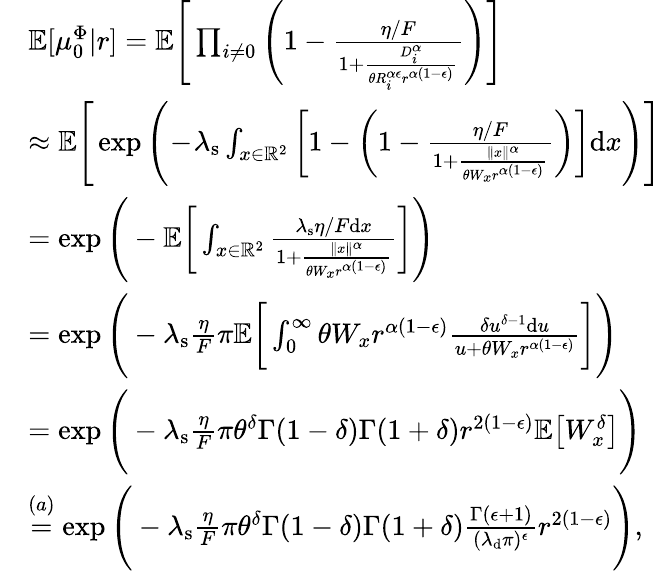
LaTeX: \begin{array}{rl}&{\mathbb{E}[\mu_{0}^{\Phi}\vert r]=\mathbb{E}\Bigg[\prod_{i\neq 0}\Bigg(1-\frac{\eta/F}{1+\frac{D_{i}^{\alpha}}{\theta R_{i}^{\alpha\epsilon}r^{\alpha(1-\epsilon)}}}\Bigg)\Bigg]}\\ &{\approx\mathbb{E}\Bigg[\exp{\Bigg(\! -\! \lambda_{\mathrm{s}}\int_{x\in\mathbb{R}^{2}}\bigg[1-\bigg(1-\frac{\eta/F}{1+\frac{\Vert x\Vert^{\alpha}}{\theta W_{x}r^{\alpha(1-\epsilon)}}}\bigg)\bigg]\mathrm{d}x\Bigg)}\Bigg]}\\ &{=\exp{\Bigg(-\mathbb{E}\bigg[\int_{x\in\mathbb{R}^{2}}\frac{\lambda_{\mathrm{s}}\eta/F\mathrm{d}x}{1+\frac{\Vert x\Vert^{\alpha}}{\theta W_{x}r^{\alpha(1-\epsilon)}}}\bigg]\Bigg)}}\\ &{=\exp{\Bigg(-\lambda_{\mathrm{s}}\frac{\eta}{F}\pi\mathbb{E}\bigg[\int_{0}^{\infty}\theta W_{x}r^{\alpha(1-\epsilon)}\frac{\delta u^{\delta-1}\mathrm{d}u}{u+\theta W_{x}r^{\alpha(1-\epsilon)}}\bigg]\Bigg)}}\\ &{=\exp{\Bigg(-\lambda_{\mathrm{s}}\frac{\eta}{F}\pi\theta^{\delta}\Gamma(1-\delta)\Gamma(1+\delta)r^{2(1-\epsilon)}\mathbb{E}\big[W_{x}^{\delta}\big]\Bigg)}}\\ &{\stackrel{(a)}{=}\exp{\Bigg(-\lambda_{\mathrm{s}}\frac{\eta}{F}\pi\theta^{\delta}\Gamma(1-\delta)\Gamma(1+\delta)\frac{\Gamma(\epsilon+1)}{(\lambda_{\mathrm{d}}\pi)^{\epsilon}}r^{2(1-\epsilon)}\Bigg)},}\end{array}